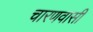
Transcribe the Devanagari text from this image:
चारणवासी